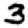
Digit: 3